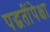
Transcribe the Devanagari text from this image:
पद्धतींपेक्षा